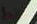
فقط